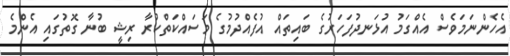
އެހެންނަމަވެސް އެއްގަމު އުޅަނދުފަހަރުގެ ބައިތައް އުފެއްދުމުގެ މަސައްކަތްކުރާ ރިޝީ ބުނާ ގޮތުގައި އެންމެ